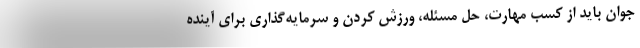
جوان باید از کسب مهارت، حل مسئله، ورزش کردن و سرمایه‌گذاری برای آینده